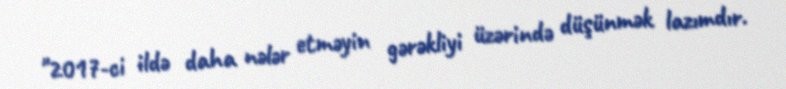
"2017-ci ildə daha nələr etməyin gərəkliyi üzərində düşünmək lazımdır.